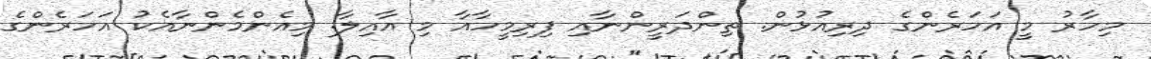
މިހާރު މީ އަހަރެންގެ ދިރިއުޅުން. ތިންދަރީންނާއި ފިރިމީހާއާ މި އާއިލާ. މިއެންމެންނާއެކު އަހަރެންގެ